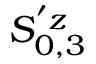
S _ { \boldsymbol { 0 } , 3 } ^ { ' z }